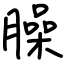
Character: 臊